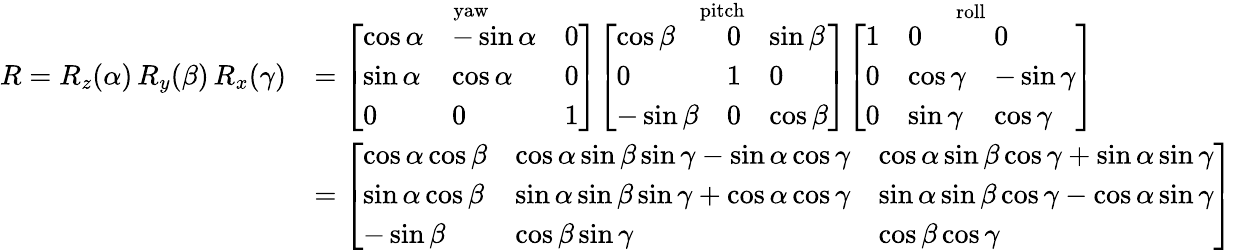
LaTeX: {\begin{array}{rl}{R=R_{z}(\alpha)\, R_{y}(\beta)\, R_{x}(\gamma)}&{={\overset{\mathrm{yaw}}{\left[\begin{array}{lll}{\cos\alpha}&{-\sin\alpha}&{0}\\ {\sin\alpha}&{\cos\alpha}&{0}\\ {0}&{0}&{1}\end{array}\right]}}{\overset{\mathrm{pitch}}{\left[\begin{array}{lll}{\cos\beta}&{0}&{\sin\beta}\\ {0}&{1}&{0}\\ {-\sin\beta}&{0}&{\cos\beta}\end{array}\right]}}{\overset{\mathrm{roll}}{\left[\begin{array}{lll}{1}&{0}&{0}\\ {0}&{\cos\gamma}&{-\sin\gamma}\\ {0}&{\sin\gamma}&{\cos\gamma}\end{array}\right]}}}\\ &{={\left[\begin{array}{lll}{\cos\alpha\cos\beta}&{\cos\alpha\sin\beta\sin\gamma-\sin\alpha\cos\gamma}&{\cos\alpha\sin\beta\cos\gamma+\sin\alpha\sin\gamma}\\ {\sin\alpha\cos\beta}&{\sin\alpha\sin\beta\sin\gamma+\cos\alpha\cos\gamma}&{\sin\alpha\sin\beta\cos\gamma-\cos\alpha\sin\gamma}\\ {-\sin\beta}&{\cos\beta\sin\gamma}&{\cos\beta\cos\gamma}\end{array}\right]}}\end{array}}